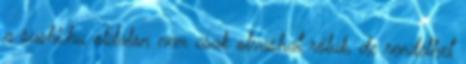
a sushi.hu oldalon nem csak olvashat róluk, de rendelhet